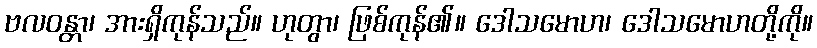
ဗလဝန္တာ၊ အားရှိကုန်သည်။ ဟုတွာ၊ ဖြစ်ကုန်၏။ ဒေါသမောဟ၊ ဒေါသမောဟတို့ကို။